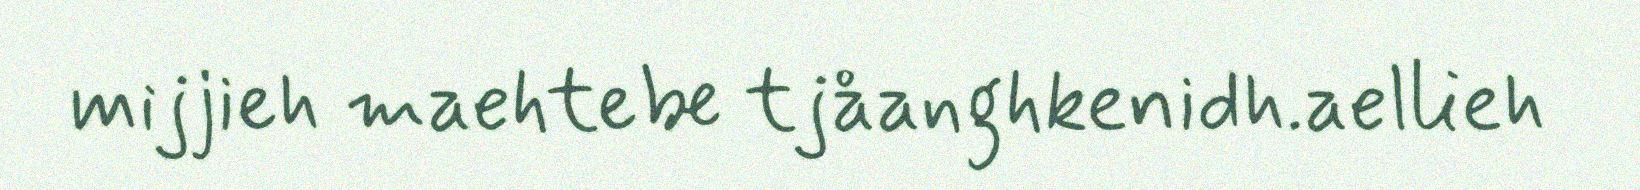
mijjieh maehtebe tjåanghkenidh.aellieh